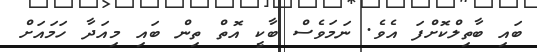
ބައި ބާތިލްކޮށްފަ އެވެ. ނަމަވެސް ބާކީ އޮތް ތިން ބައި މިއަދާ ހަމައަށް